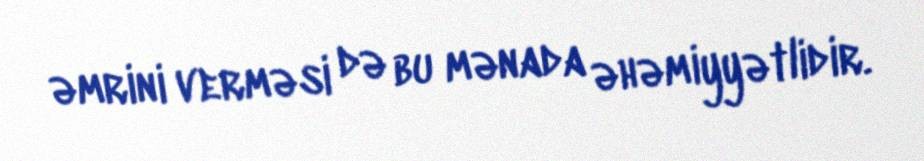
əmrini verməsi də bu mənada əhəmiyyətlidir.